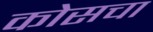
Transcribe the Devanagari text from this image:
कोसचा